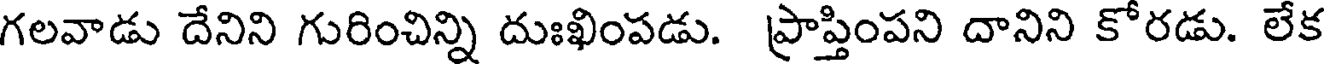
గలవాడు దేనిని గురించిన్ని దుఃఖింపడు. ప్రాప్తింపని దానిని కోరడు. లేక